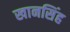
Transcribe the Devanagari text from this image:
खानसिंह